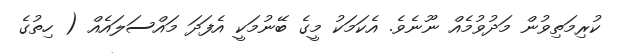
ކުރިމަތިވުން މަދުވުމެއް ނޫނެވެ. އެކަމަކު މީގެ ބޭނުމަކީ އެފަދަ މައްސަލައެއް ( ހިތުގެ